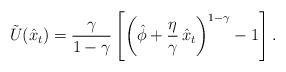
LaTeX: \begin{align*}\tilde{U}(\hat{x}_t)=\frac{\gamma}{1-\gamma}\left[\left(\hat{\phi} +\frac{\eta}{\gamma}\,\hat{x}_t\right)^{1-\gamma}-1\right].\end{align*}